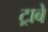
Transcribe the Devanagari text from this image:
ट्राबे